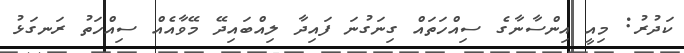
ކަދުރު: މިއީ އިންސާނާގެ ސިއްހަތައް ގިނަގުނަ ފައިދާ ލިއްބައިދޭ މޭވާއެއް ސިއްހަތު ރަނގަޅު